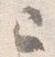
已